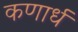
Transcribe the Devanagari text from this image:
कणार्ध